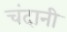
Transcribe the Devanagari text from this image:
चंदानी